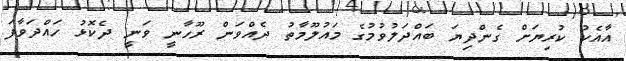
އާއެކު ކުރިޔަށް ގެންދިޔަ ބައްދަލުވުމުގެ މައުލޫމާތު ދެއްވަން ރޫހާނީ ވަނީ ދެކޮޅު ހައްދަވާފަ